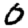
Digit: 0